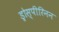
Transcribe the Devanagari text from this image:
ड्रोस्पीरिनन